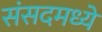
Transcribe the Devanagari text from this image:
संसदमध्ये